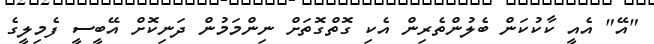
"އޭ" އެއީ ކާކުކަން ބެލުންތެރިން އެކި ގޮތްގޮތަށް ނިންމަމުން ދަނިކޮށް އޭބީސީ ފެމިލީގެ